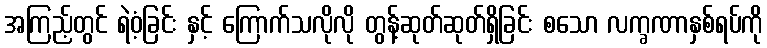
အကြည့်တွင် ရဲဝံ့ခြင်း နှင့် ကြောက်သလိုလို တွန့်ဆုတ်ဆုတ်ရှိခြင်း စသော လက္ခဏာနှစ်ရပ်ကို